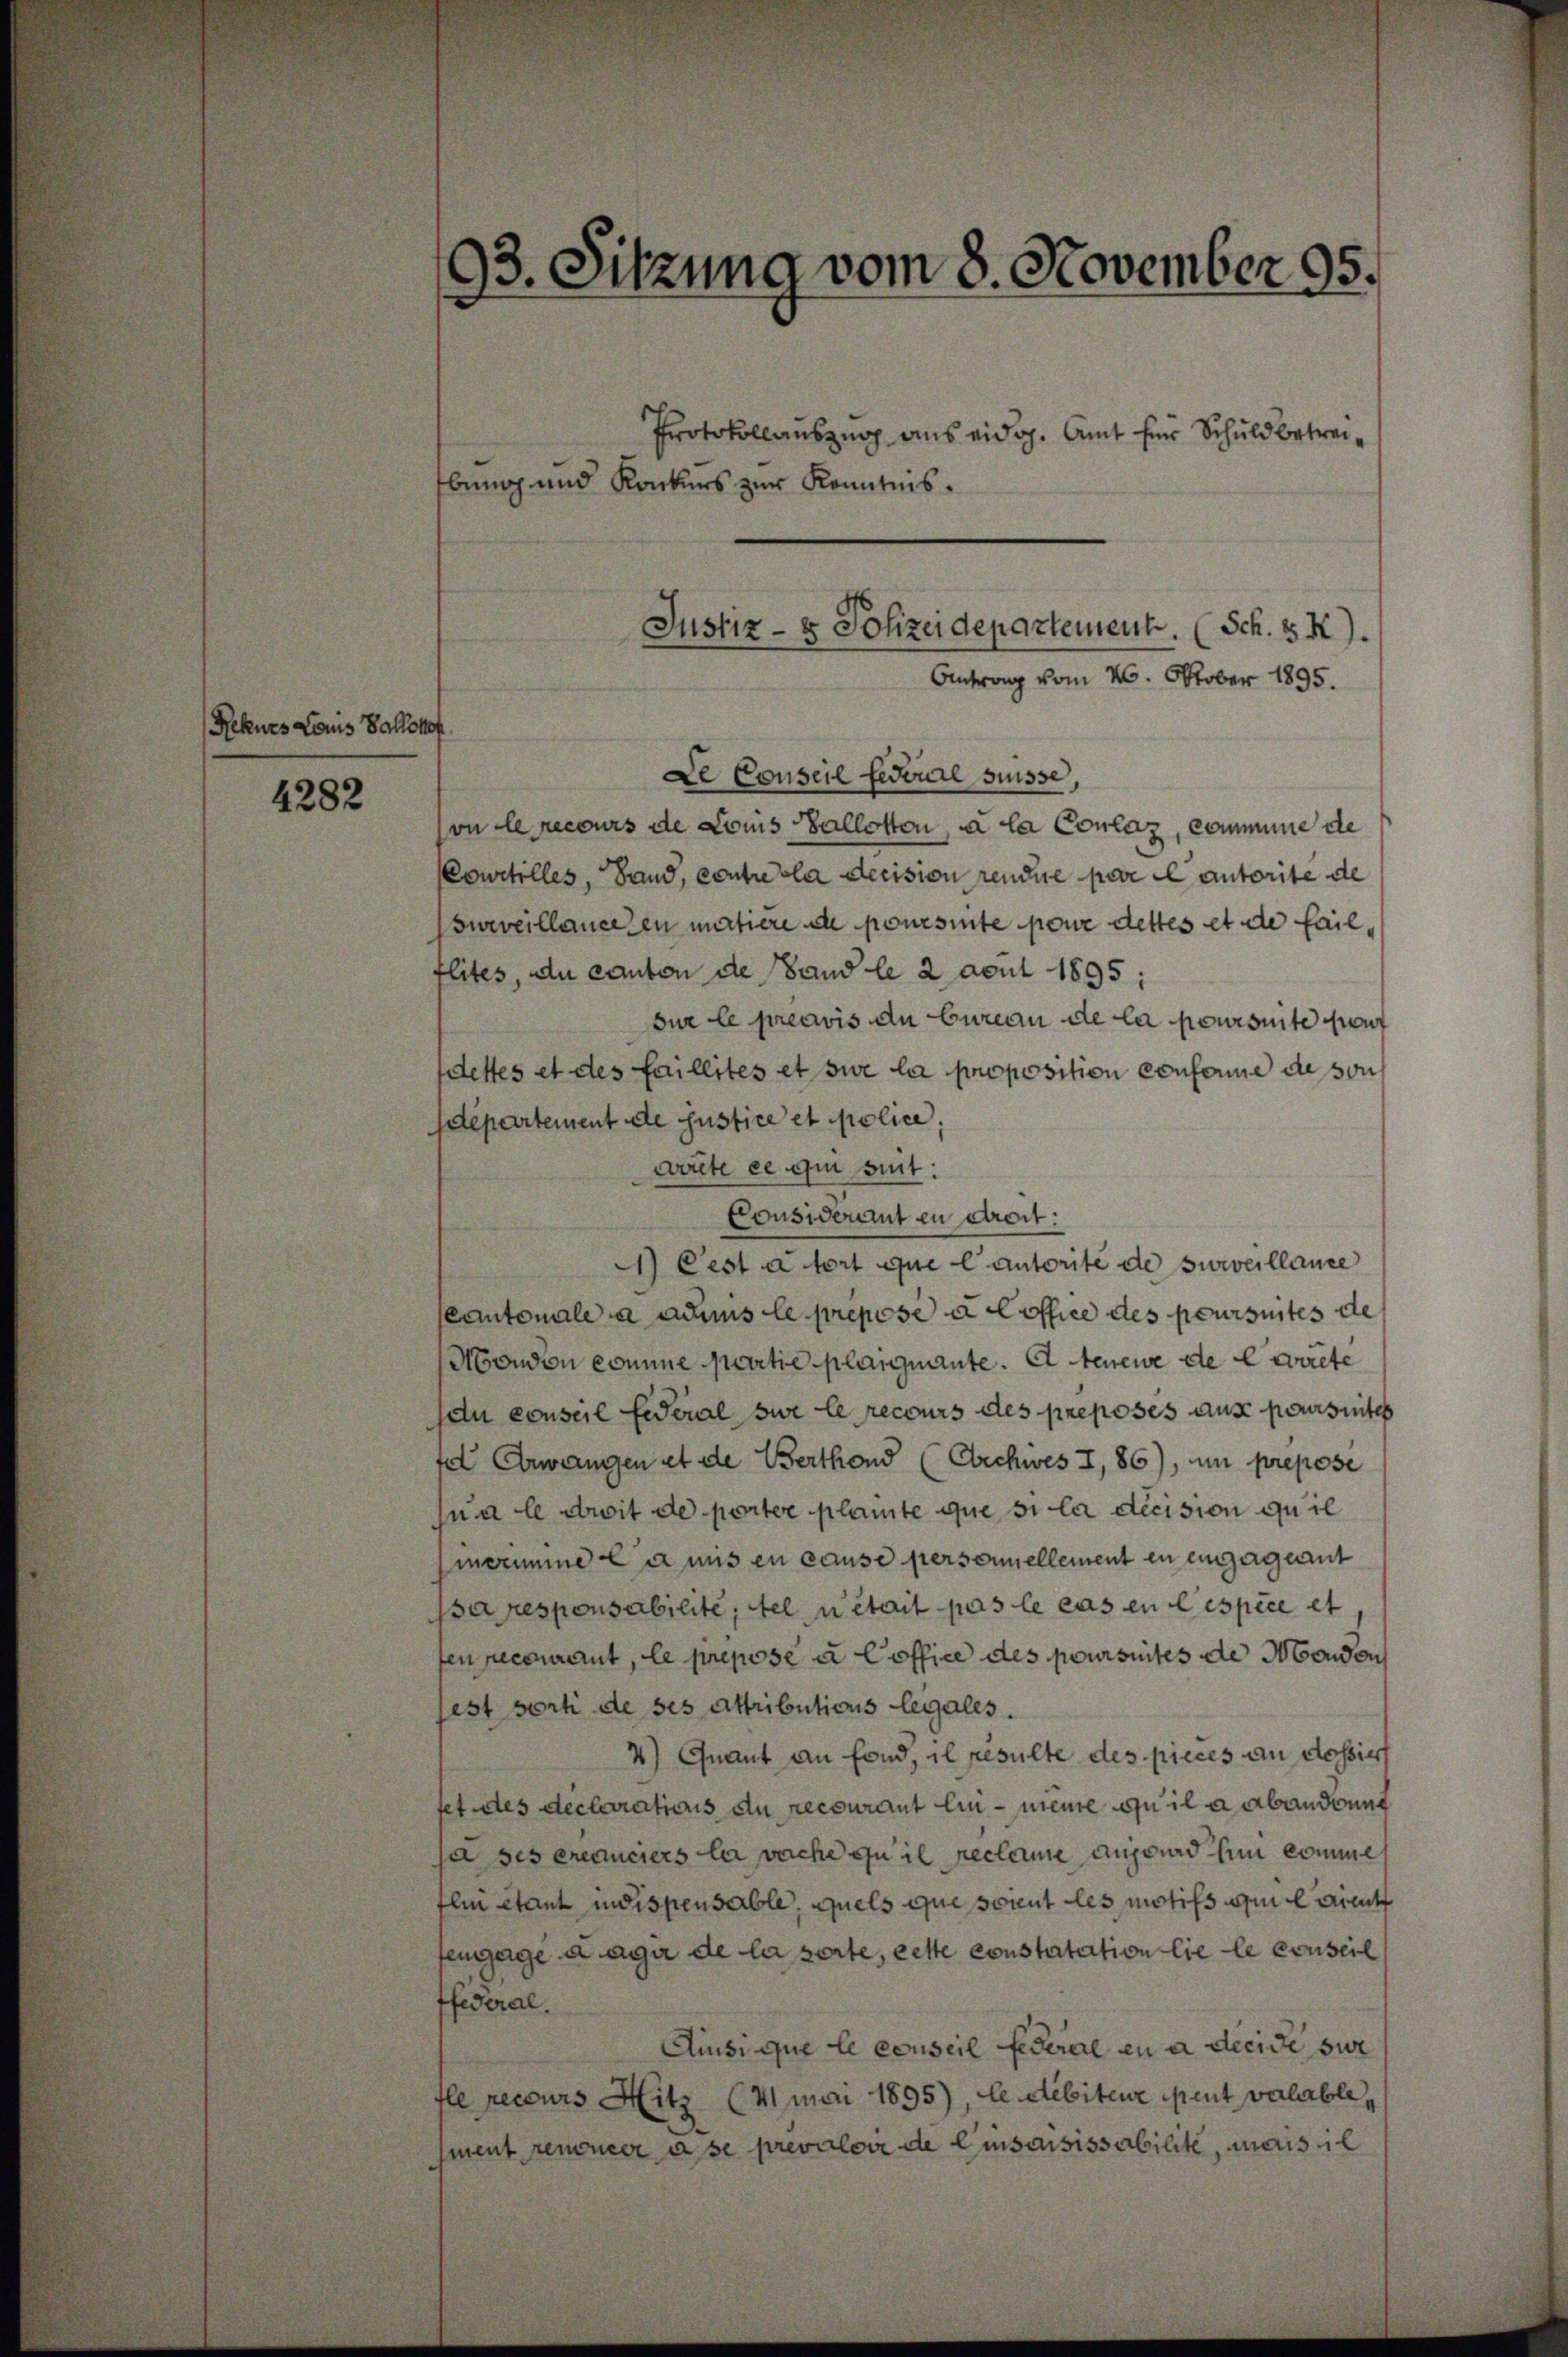
Rekurs Louis Balkohof

4282

93. Sitzung vom 8. November 95.

Protokollauszug aus eidg. Amt für Schuldbetreibung und Konkurs zur Kenntnis.

Justiz- & Schreidepartement. (Sch. 5X).
Antrag vom 26. Oktober 1895.

De Conseil Federarle süsse,
on le recours de Louis allotton, à la Conlaz, commune de
(Courtilles, Hand, contre la decision rendue pere il autorite de
surveillancelen mittiere de poursuite pore dettes et de failflites, du canton de sand le 2 Apul 1895:
sur le préavis du bureau de la poursuite sauf
dettes et des faillites et sie la proposition conforme de von
sdepartement de Justice et police,
crute ce qui suit:
Considerant en dreit:
) Pest à fort que l’autorité de surveillance
Cantonale a admis le preposé à loffice des poursuites de
Monden komme partie plaignante. A teuere de Carrete
du conseil Eideral sie le recours des preposés aus poursuites
fel Erwangen et de Berthond (Ebechwes I, 86), um preposi
qua le droit de porter plainte que si la décision quil
incrimme la mis en cause personellement en engageant
psa responsabilité, tel n’était pas le cas en Cespèce et
en recourant, le prepose à Coffice des poursuites de Mondon
est sort de ses attributions legales.
4) Quant an fond, il resulte des pieces an dessier
fet des declarations du recourant lui-meure qu’il a abanderung
ja ses ereduciers la vache zu il reclame auswird hin komme
Ilin stant indispensable, quels que soient les motifs ou aient
fengage a agu de la perte, cette constatation lie le conseil
ffederal.
Ainsi que le conseil federal en a decidi sur
fle recours Hitz (41 mai 1895), le débiteur peut valable,
gment renoncer à se prevaloir de Einsaisissabilité, mais il